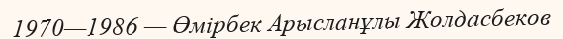
1970—1986 — Өмірбек Арысланұлы Жолдасбеков